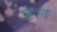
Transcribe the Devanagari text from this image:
मुरिन्जापुहा